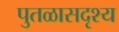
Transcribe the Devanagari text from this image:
पुतळासदृश्य